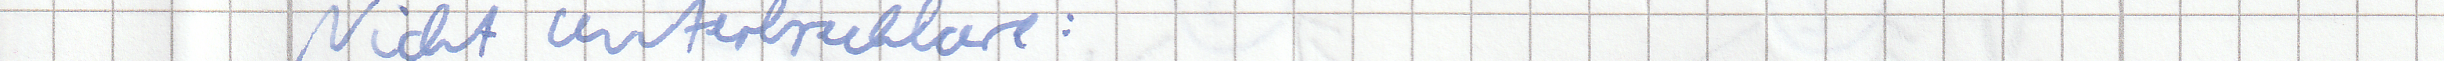
Nicht unterbrechbare :